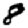
Digit: 8